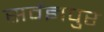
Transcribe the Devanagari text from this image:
सर्वज्ञपुर